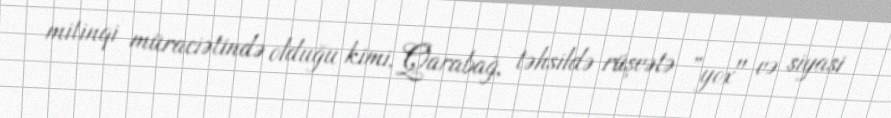
mitinqi müraciətində olduğu kimi, Qarabağ, təhsildə rüşvətə ”yox" və siyasi